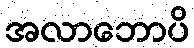
အလာဘောပိ